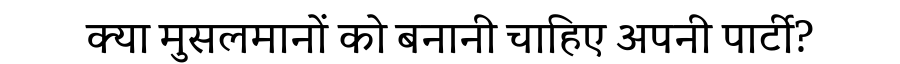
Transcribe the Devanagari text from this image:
क्या मुसलमानों को बनानी चाहिए अपनी पार्टी?